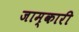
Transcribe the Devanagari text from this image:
जाम्कारी